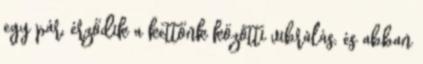
egy pár, érződik a kettőnk közötti vibrálás, és abban